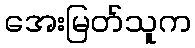
အေးမြတ်သူက